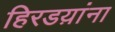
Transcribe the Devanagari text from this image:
हिरडय़ांना